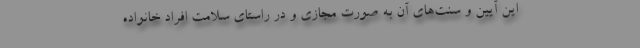
این آیین و سنت‌های آن به صورتِ مجازی و در راستای سلامت افراد خانواده